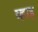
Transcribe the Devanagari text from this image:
व्हाइ